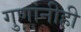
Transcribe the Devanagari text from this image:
गुणांनीही